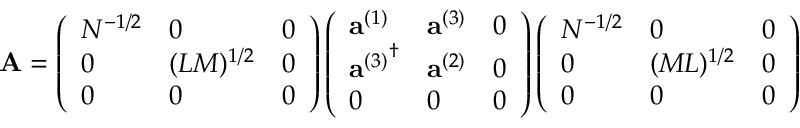
{ \bf A } = \left( \begin{array} { l l l } { { N ^ { - 1 / 2 } } } & { { 0 } } & { { 0 } } \\ { { 0 } } & { { ( L M ) ^ { 1 / 2 } } } & { { 0 } } \\ { { 0 } } & { { 0 } } & { { 0 } } \end{array} \right) \left( \begin{array} { l l l } { { { \bf a } ^ { ( 1 ) } } } & { { { \bf a } ^ { ( 3 ) } } } & { { 0 } } \\ { { { { \bf a } ^ { ( 3 ) } } ^ { \dagger } } } & { { { \bf a } ^ { ( 2 ) } } } & { { 0 } } \\ { { 0 } } & { { 0 } } & { { 0 } } \end{array} \right) \left( \begin{array} { l l l } { { N ^ { - 1 / 2 } } } & { { 0 } } & { { 0 } } \\ { { 0 } } & { { ( M L ) ^ { 1 / 2 } } } & { { 0 } } \\ { { 0 } } & { { 0 } } & { { 0 } } \end{array} \right)